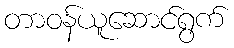
တာဝန်ယူဆောင်ရွက်